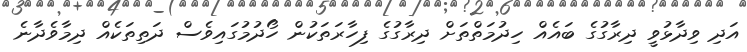
އަދި ވިދާޅުވީ ދިރާގުގެ ބައެއް ހިދުމަތްތަށް ދިރާގުގެ ފިހާރަތަކުން ހޯދުމުގައިވެސް ދަތިތަކެއް ދިމާވެދާނެ